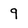
Character: 9